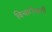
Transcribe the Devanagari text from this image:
विचारोंवाली